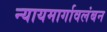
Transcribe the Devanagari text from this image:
न्यायमार्गावलंबन